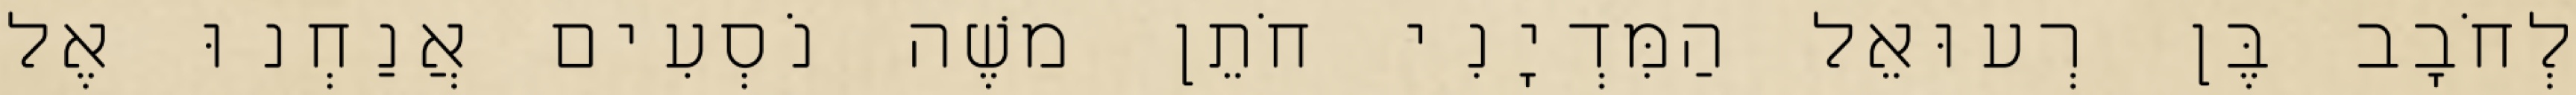
לְחֹבָב בֶּן רְעוּאֵל הַמִּדְיָנִי חֹתֵן משֶׁה נֹסְעִים אֲנַחְנוּ אֶל